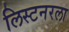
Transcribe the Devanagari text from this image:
लिस्टनरला